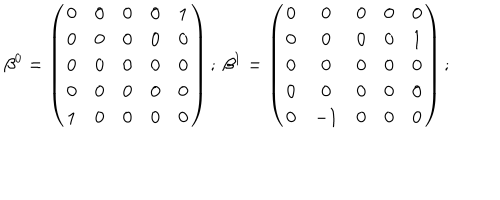
\beta ^ { 0 } = \left( \begin{array} { c c c c c } { { 0 } } & { { 0 } } & { { 0 } } & { { 0 } } & { { 1 } } \\ { { 0 } } & { { 0 } } & { { 0 } } & { { 0 } } & { { 0 } } \\ { { 0 } } & { { 0 } } & { { 0 } } & { { 0 } } & { { 0 } } \\ { { 0 } } & { { 0 } } & { { 0 } } & { { 0 } } & { { 0 } } \\ { { 1 } } & { { 0 } } & { { 0 } } & { { 0 } } & { { 0 } } \\ \end{array} \right) ; \ \beta ^ { 1 } = \left( \begin{array} { c c c c c } { { 0 } } & { { 0 } } & { { 0 } } & { { 0 } } & { { 0 } } \\ { { 0 } } & { { 0 } } & { { 0 } } & { { 0 } } & { { 1 } } \\ { { 0 } } & { { 0 } } & { { 0 } } & { { 0 } } & { { 0 } } \\ { { 0 } } & { { 0 } } & { { 0 } } & { { 0 } } & { { 0 } } \\ { { 0 } } & { { - 1 } } & { { 0 } } & { { 0 } } & { { 0 } } \\ \end{array} \right) ;